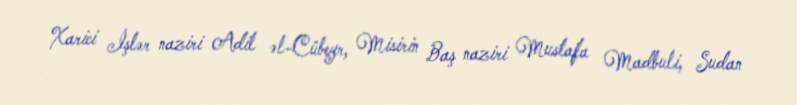
Xarici İşlər naziri Adil əl-Cübeyr, Misirin Baş naziri Mustafa Madbuli, Sudan